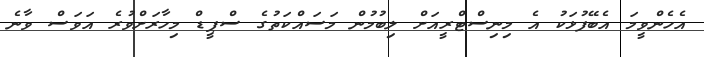
އެހެންވީމަ އެބޭފުޅަކު އެ މިނިސްޓްރީއަށް ލިބުމުން މަސައްކަތުގެ ސްޕީޑް މިހާރަށްވުރެ އަވަސް ވާނެ